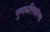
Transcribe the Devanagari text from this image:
पुष्पकलिकांच्या